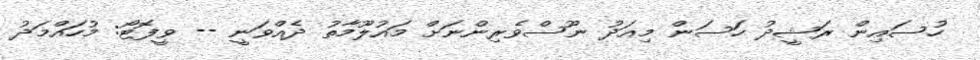
ހުސައިން ރަޝީދު ހަސަން މިއަދު ނޫސްވެރިންނަށް މައުލޫމާތު ދެއްވަނީ -- ވީފޮޓޯ: މުހައްމަދު